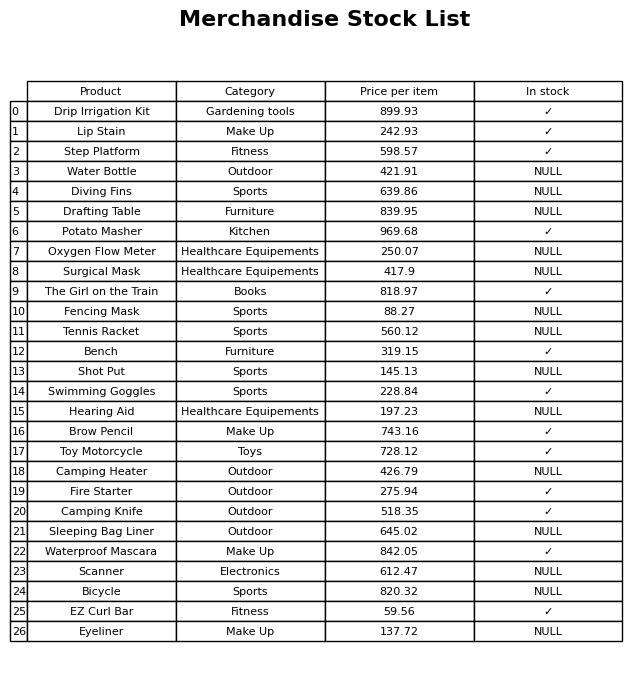
question: What category does the Eyeliner belong to?
answer: Make Up